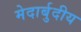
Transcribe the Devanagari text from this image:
मेदार्बुदीय